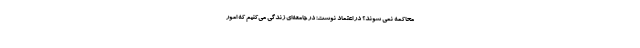
محاکمه نمی شوند؟ در اعتماد نوشت: در جامعه‌ای زندگی می‌کنیم که امور